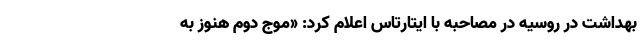
بهداشت در روسیه در مصاحبه با ایتارتاس اعلام کرد: «موج دوم هنوز به